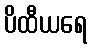
ပိထီယရေ